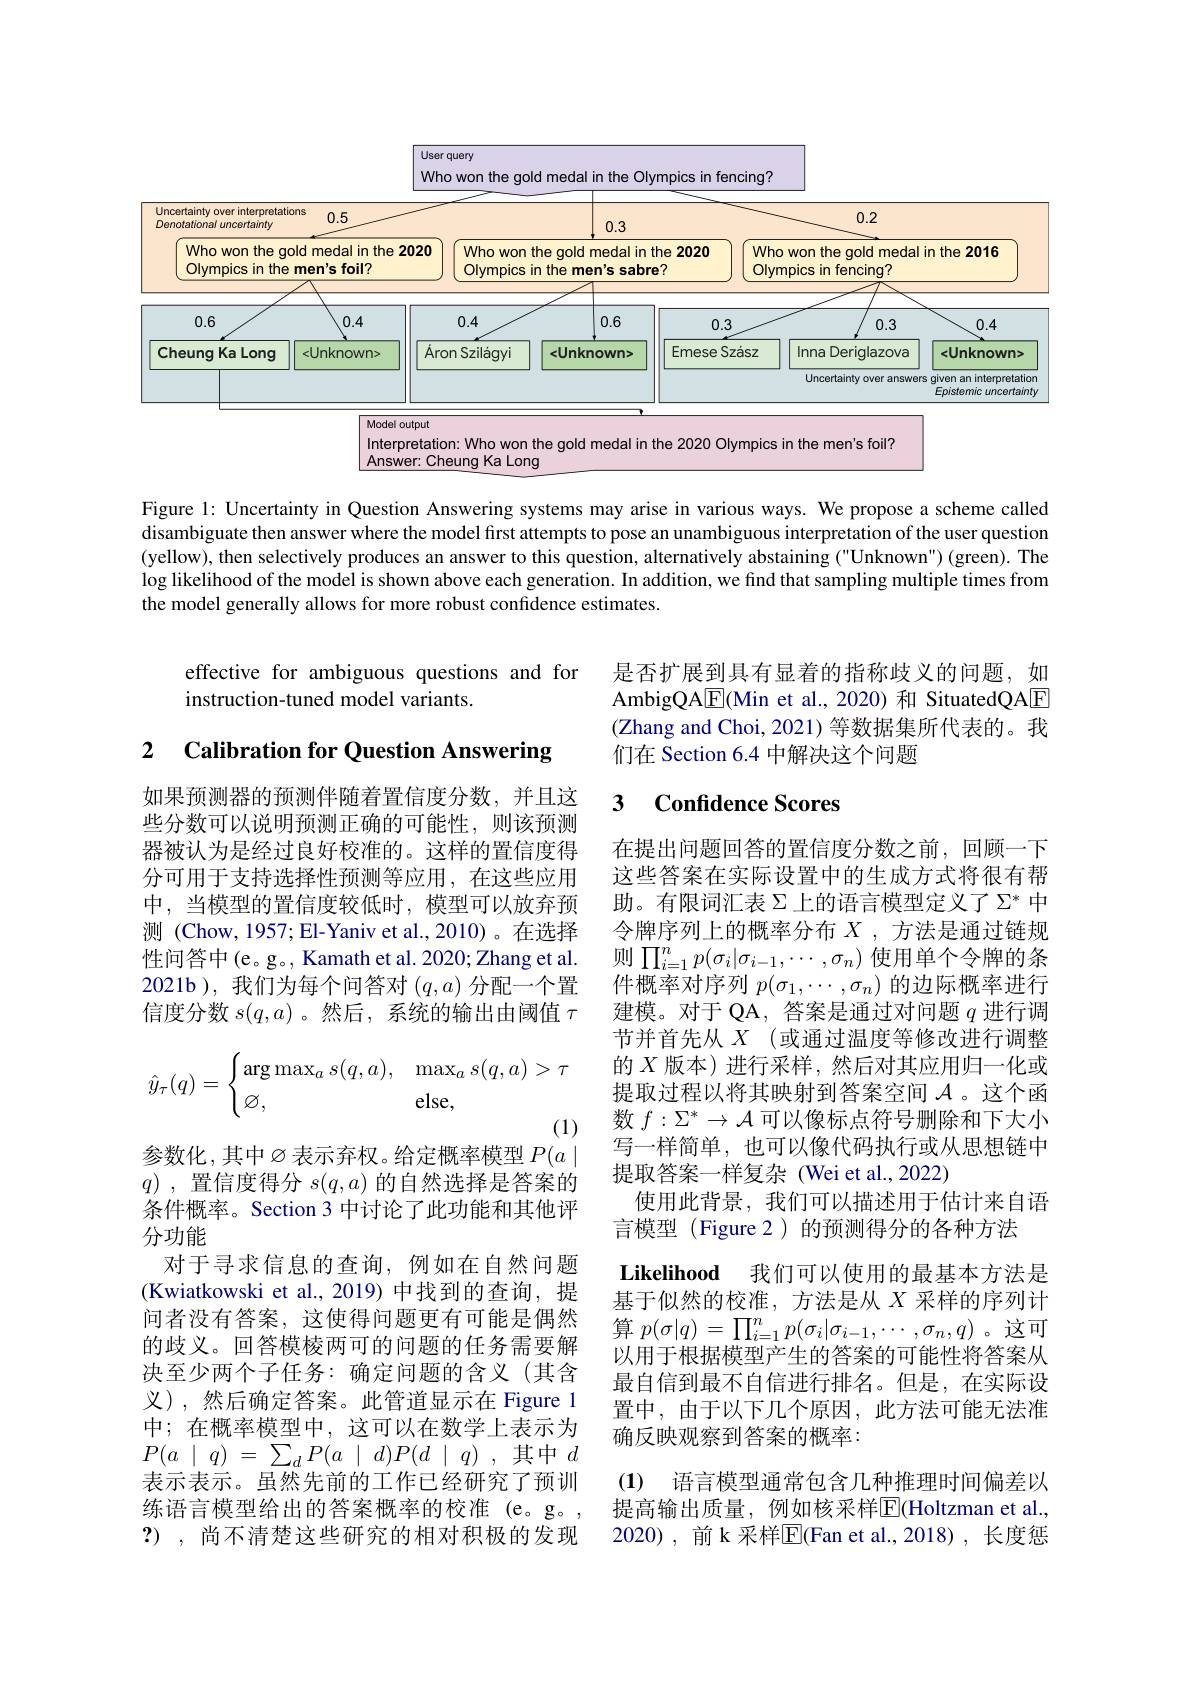
<FigureHere>

Figure 1: Uncertainty in Question Answering systems may arise in various ways. We propose a scheme called disambiguate then answer where the model first attempts to pose an unambiguous interpretation of the user question (yellow), then selectively produces an answer to this question, alternatively abstaining ("Unknown") (green). The $\log$ likelihood of the model is shown above each generation. In addition, we find that sampling multiple times from the model generally allows for more robust confidence estimates.

effective for ambiguous questions and for
instruction-tuned model variants.

是否扩展到具有显着的指称歧义的问题，如AmbigQA$\boxed{\mathrm{E}}($Min et al.,2020)和 SituatedQAE (Zhang and Choi, 2021) 等数据集所代表的。我们在 Section 6.4 中解决这个问题

# 2 Calibration for Question Answering

## 3 $\textbf{Confidence Scores}$

如果预测器的预测伴随着置信度分数，并且这些分数可以说明预测正确的可能性，则该预测器被认为是经过良好校准的。这样的置信度得分可用于支持选择性预测等应用，在这些应用中，当模型的置信度较低时，模型可以放弃预测 (Chow, 1957; El-Yaniv et al.,2010)。在选择性问答中(e。g。, Kamath et al. 2020; Zhang et al. 2021b),我们为每个问答对$(q,a)$分配一个置信度分数$s(q,a)$ 。然后 ,系统的输出由阈值$\tau$
$$\hat{y}_\tau(q)=\begin{cases}\arg\max_as(q,a),&\max_as(q,a)>\tau\\\varnothing,&\text{else,}\end{cases}$$
参数化，其中ø表示弃权。给定概率模型$P(a\mid$

在提出问题回答的置信度分数之前，回顾一下这些答案在实际设置中的生成方式将很有帮助。有限词汇表$\Sigma$上的语言模型定义了$\Sigma^*$中令牌序列上的概率分布$X$ ,方法是通过链规则$\prod_{i=1}^np(\sigma_i|\sigma_{i-1},\cdots,\sigma_n)$使用单个令牌的条件概率对序列$p(\sigma_1,\cdots,\sigma_n)$的边际概率进行建模。对于 QA, 答案是通过对问题$q$进行调节并首先从$X$(或通过温度等修改进行调整的$X$版本)进行采样，然后对其应用归一化或提取过程以将其映射到答案空间$\mathcal{A}$。这个函数$f:\Sigma^*\to\mathcal{A}$可以像标点符号删除和下大小写一样简单，也可以像代码执行或从思想链中提取答案一样复杂 (Wei et al.,2022)
使用此背景，我们可以描述用于估计来自语
言模型 (Figure 2) 的预测得分的各种方法
Likelihood 我们可以使用的最基本方法是基于似然的校准，方法是从$X$采样的序列计算$p(\sigma|q)=\prod_{i=1}^np(\sigma_i|\sigma_{i-1},\cdots,\sigma_n,q)$ 。这可以用于根据模型产生的答案的可能性将答案从最自信到最不自信进行排名。但是，在实际设置中，由于以下几个原因，此方法可能无法准确反映观察到答案的概率：
(1) 语言模型通常包含几种推理时间偏差以提高输出质量，例如核采样E$( Holtzman et al. $,

$q$),置信度得分$s(q,a)$的自然选择是答案的条件概率。Section 3 中讨论了此功能和其他评分功能
对于寻求信息的查询，例如在自然问题(Kwiatkowski et al.,2019)中找到的查询，提(Kwiatkowski et al.,2019)中找到的查询，提(Kwiatkowski et al.,2019)中找到的查询，提问者没有答案，这使得问题更有可能是偶然的歧义。回答模棱两可的问题的任务需要解决至少两个子任务：确定问题的含义(其含义),然后确定答案。此管道显示在 Figure 1中；在概率模型中，这可以在数学上表示为$P( a\mid q)$ = $\sum _{d}P( a\mid d) P( d\mid q)$ ,其中$d$ 表示表示。虽然先前的工作已经研究了预训练语言模型给出的答案概率的校准 (e。g。, ?), 尚不清楚这些研究的相对积极的发现

2020), 前 k 采样$\overline{\mathrm{E}}$(Fan et al.,2018), 长度惩